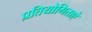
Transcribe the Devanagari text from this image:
प्रतियोगिताऐ